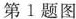
第1题图